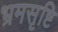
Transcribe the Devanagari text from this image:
भ्रमसृष्टि